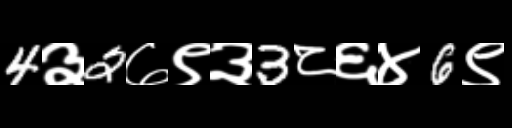
Text: 4३2७९३3८६४6९